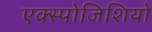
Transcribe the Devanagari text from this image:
एक्स्पोजिशियो